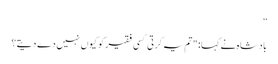
”
بادشاہ نے کہا: "تم یہ کرتی کسی فقیر کو کیوں نہیں دے دیتے؟